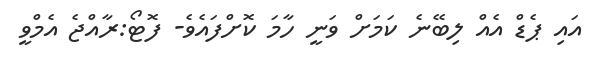
އައި ޕެޑް އެއް ލިބޭނެ ކަމަށް ވަނީ ހާމަ ކޮށްފައެވެ- ފޮޓޯ:ރާއްޖެ އެމްވީ